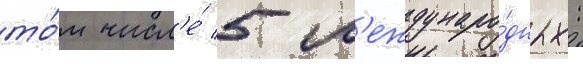
то́м числ'е́ 5 м'еждунаро́дных: